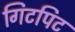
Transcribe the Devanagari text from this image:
गिटपिट